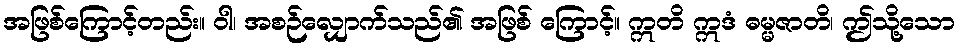
အဖြစ်ကြောင့်တည်း။ ဝါ၊ အစဉ်လျှောက်သည်၏ အဖြစ် ကြောင့်။ ဣတိ ဣဒံ ဓမ္မဇာတိ၊ ဤသို့သော